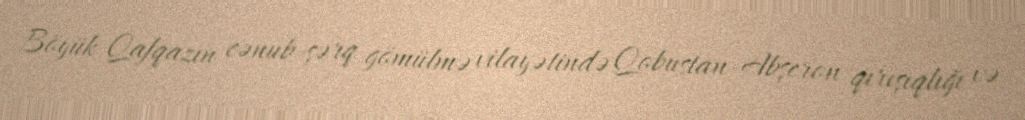
Böyük Qafqazın cənub-şərq gömülmə vilayətində Qobustan-Abşeron qırışıqlığı və